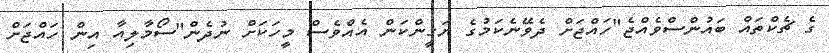
ގެ ޗެކްތައް ބައުންސްވެއްޖެ"ހައްޖަށް ދެވޭނެކަމުގެ ޔަގީންކަން އެއްވެސް މީހަކަށް ނުދެން"ސޯމާލިއާ އިން ހައްޖަށް